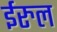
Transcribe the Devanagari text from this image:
ईरुल